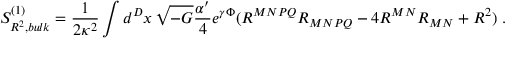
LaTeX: S _ { R ^ { 2 } , b u l k } ^ { ( 1 ) } = \frac { 1 } { 2 \kappa ^ { 2 } } \int d ^ { D } x \, \sqrt { - G } \frac { \alpha ^ { \prime } } { 4 } e ^ { \gamma \Phi } ( R ^ { M N P Q } R _ { M N P Q } - 4 R ^ { M N } R _ { M N } + R ^ { 2 } ) ~ .